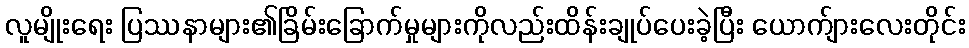
လူမျိုးရေး ပြဿနာများ၏ခြိမ်းခြောက်မှုများကိုလည်းထိန်းချုပ်ပေးခဲ့ပြီး ယောက်ျားလေးတိုင်း